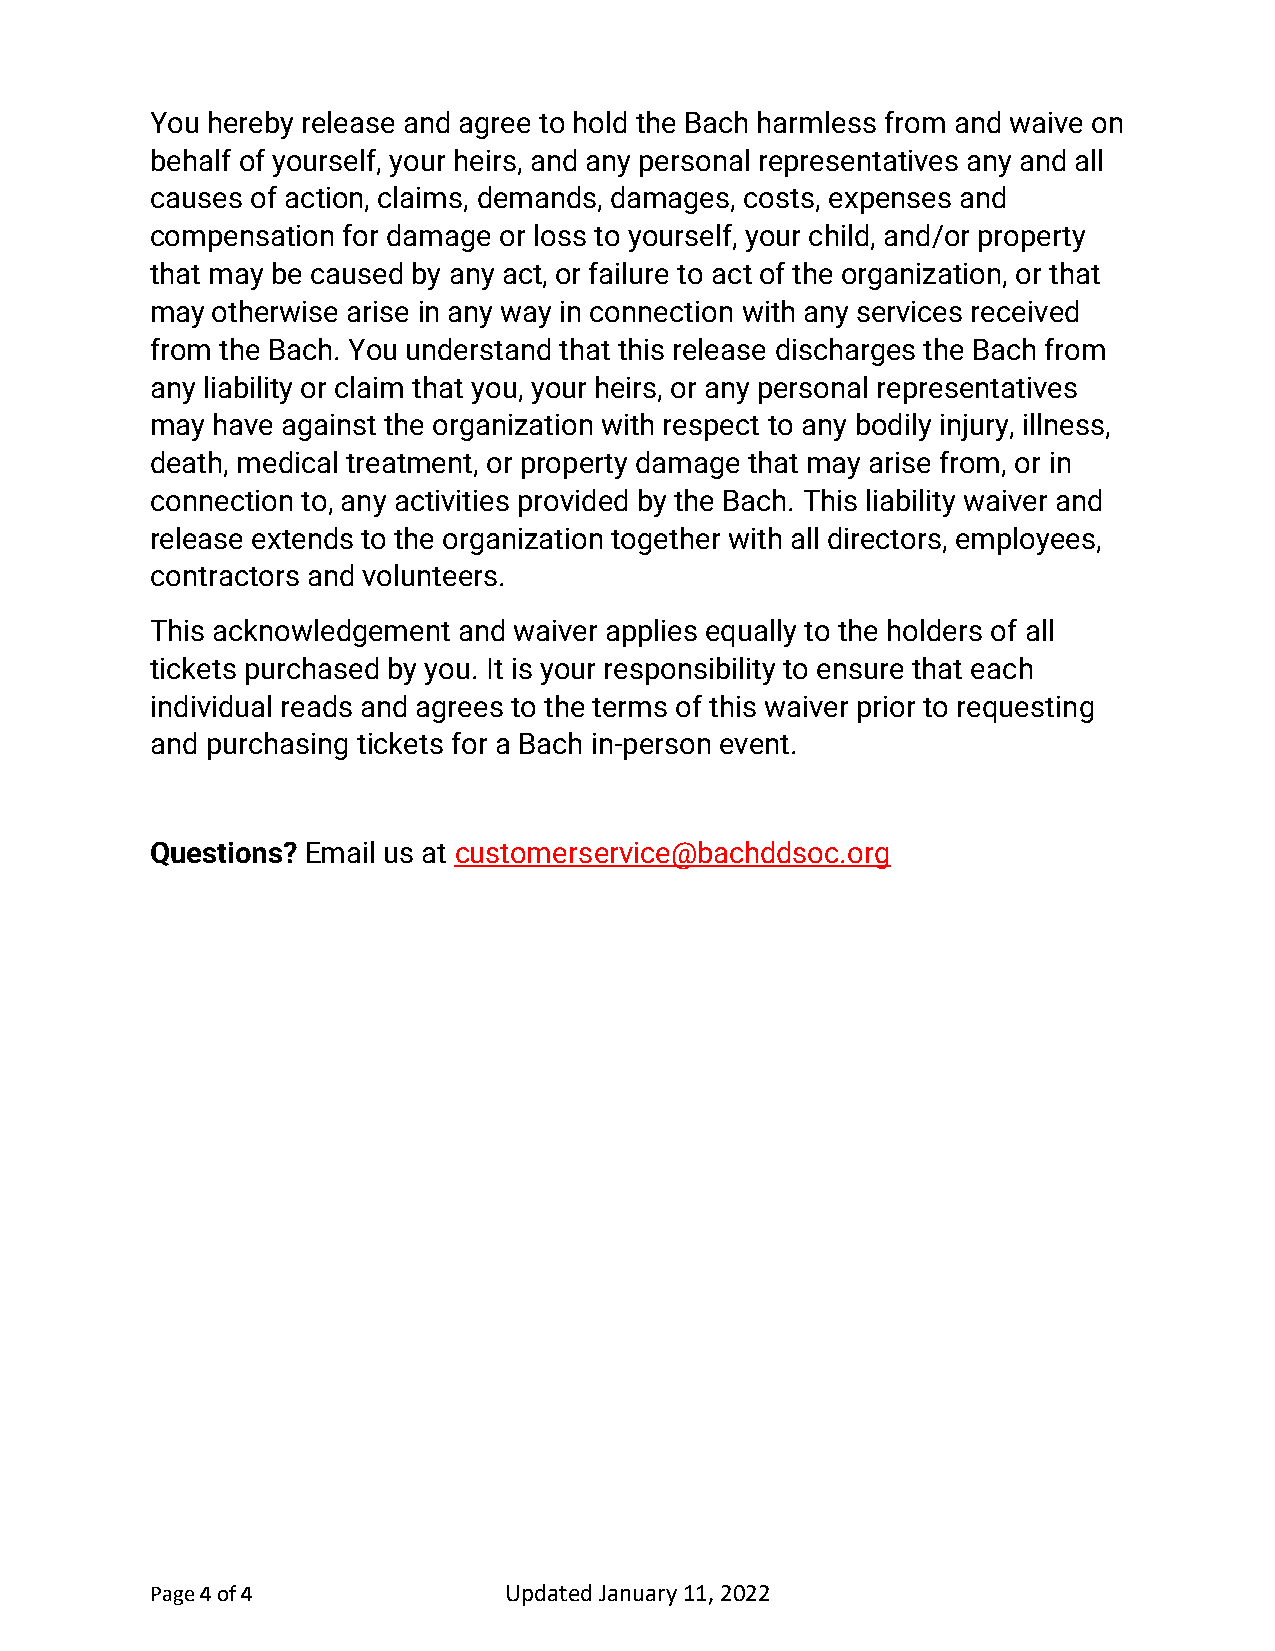
You hereby release and agree to hold the Bach harmless from and waive on
 behalf of yourself, your heirs, and any personal representatives any and all
 causes of action, claims, demands, damages, costs, expenses and
 compensation for damage or loss to yourself, your child, and/or property
 that may be caused by any act, or failure to act of the organization, or that
 may otherwise arise in any way in connection with any services received
 from the Bach. You understand that this release discharges the Bach from
 any liability or claim that you, your heirs, or any personal representatives
 may have against the organization with respect to any bodily injury, illness,
 death, medical treatment, or property damage that may arise from, or in
 connection to, any activities provided by the Bach. This liability waiver and
 release extends to the organization together with all directors, employees,
 contractors and volunteers.
 This acknowledgement and waiver applies equally to the holders of all
 tickets purchased by you. It is your responsibility to ensure that each
 individual reads and agrees to the terms of this waiver prior to requesting
 and purchasing tickets for a Bach in-person event.
 Questions? Email us at customerservice@bachddsoc.org
 Page 4 of 4            Updated January 11, 2022